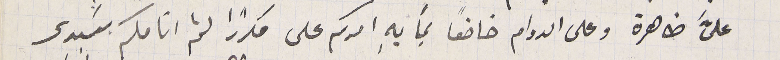
علىَّ ظاهرة وعلى الدوام خاضعاً بما بهِ امركم على مكرراً لثم انامكم سيدي